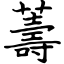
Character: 薵